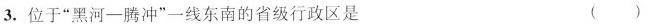
3.位于”黑河—腾冲”一线东南的省级行政区是 ()